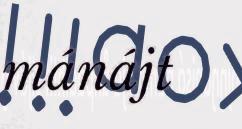
mánájt